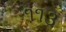
૧૧૩